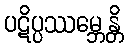
ပဋိပ္ပဿမ္ဘေန္တိ